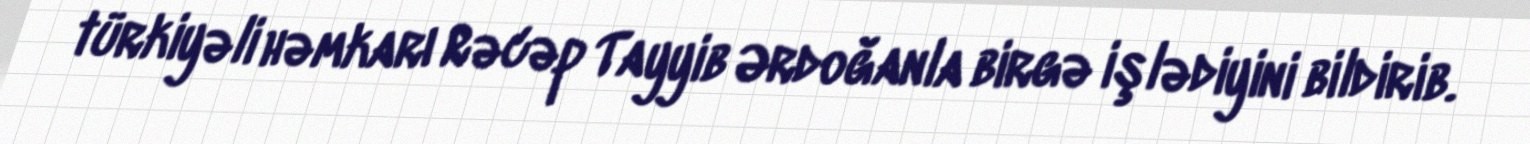
türkiyəli həmkarı Rəcəp Tayyib Ərdoğanla birgə işlədiyini bildirib.